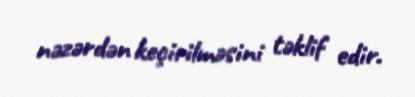
nəzərdən keçirilməsini təklif edir.